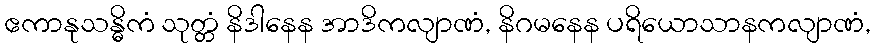
ဧကာနုသန္ဓိကံ သုတ္တံ နိဒါနေန အာဒိကလျာဏံ, နိဂမနေန ပရိယောသာနကလျာဏံ,